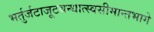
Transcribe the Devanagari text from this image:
भर्तुर्जटाजूटबन्धात्स्वसीमान्तभागे